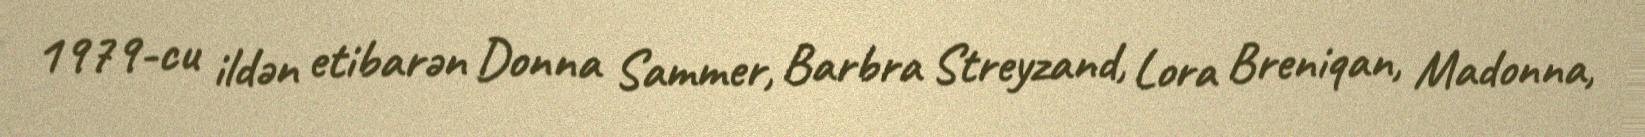
1979-cu ildən etibarən Donna Sammer, Barbra Streyzand, Lora Breniqan, Madonna,